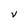
Character: v